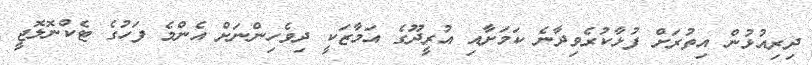
ދިރިއުޅުން އިތުރަށް ފުޅާކުރެވިދާނެ ކަމަށާއި އުރީދޫގެ އަމާޒަކީ ދިވެހިންނަށް އެންމެ ފަހުގެ ޓެކްނޮލޮޖީ